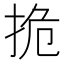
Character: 㧪